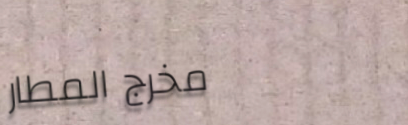
مخرج المطار